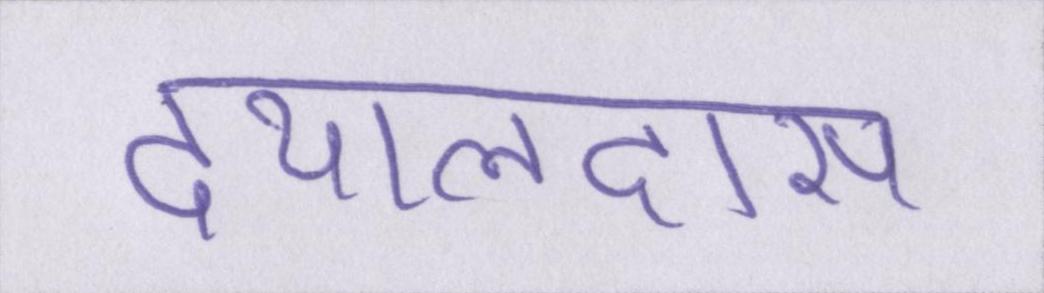
दयालदास